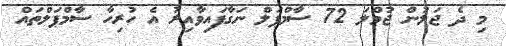
މި ދެ ޖަލުން ޖުމްލަ 72 ސާމްޕަލް ނަގާފައިވާއިރު އެ ހުރިހާ ސާމްޕަލްތައް